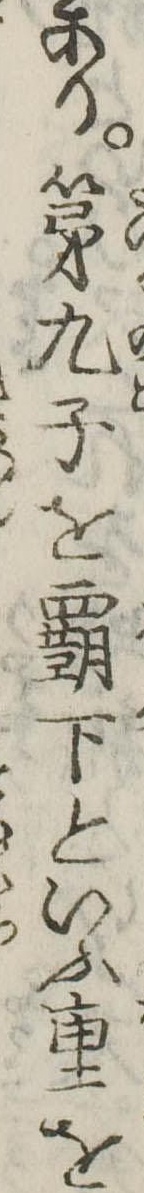
あり第九子を覇下といふ重を